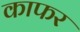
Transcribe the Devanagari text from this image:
काफर